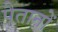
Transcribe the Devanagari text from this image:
पैतानों